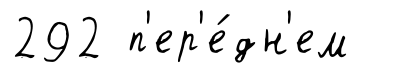
292 п'ер'е́дн'ем